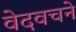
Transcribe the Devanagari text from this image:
वेदवचने